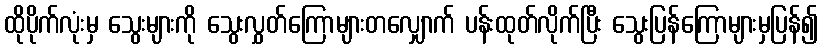
ထိုပိုက်လုံးမှ သွေးများကို သွေးလွှတ်ကြောများတလျှောက် ပန်းထုတ်လိုက်ပြီး သွေးပြန်ကြောများမှပြန်၍